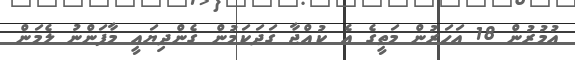
އުމުރުން 18 އަހަރުން މަތީގެ އެ ކުއްޖާ ގަދަކަމުން ގެންދިޔައީ މާފަންނު ލެމަން